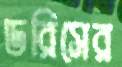
ডরিসের